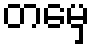
တမှေ